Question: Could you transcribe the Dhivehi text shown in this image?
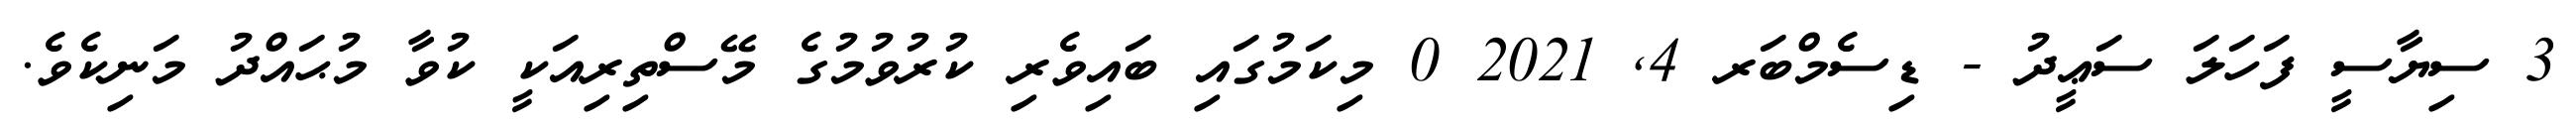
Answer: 3 ސިޔާސީ ފަހަލަ ސަޢީދު - ޑިސެމްބަރ 4, 2021 0 މިކަމުގައި ބައިވެރި ކުރުވުމުގެ މޭސްތިރިއަކީ ކުވާ މުޙައްދު މަނިކެވެ.